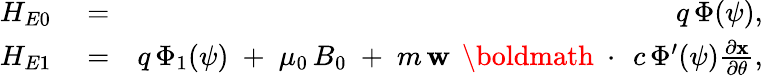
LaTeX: \begin{array}{rlr}{H_{E0}}&{{}=}&{q\, \Phi(\psi),}\\ {H_{E1}}&{{}=}&{q\, \Phi_{1}(\psi)\; +\; \mu_{0}\, B_{0}\; +\; m\, {\mathbf w}\, \mathrm{~\boldmath~\cdot~}\, c\, \Phi^{\prime}(\psi)\frac{\partial\mathbf x}{\partial\theta},}\end{array}